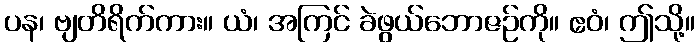
ပန၊ ဗျတိရိက်ကား။ ယံ၊ အကြင် ခဲဖွယ်ဘောဇဉ်ကို။ ဧဝံ၊ ဤသို့။